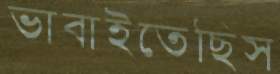
ভাবাইতেছিস